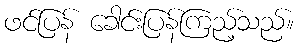
ဖင်ပြန် ခေါင်းပြန်ကြည့်သည်။